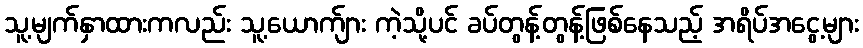
သူ့မျက်နှာထားကလည်း သူ့ယောက်ျား ကဲ့သို့ပင် ခပ်တွန့်တွန့်ဖြစ်နေသည့် အရိပ်အငွေ့များ